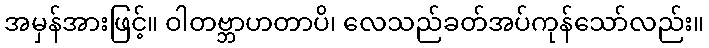
အမှန်အားဖြင့်။ ဝါတဗ္ဘာဟတာပိ၊ လေသည်ခတ်အပ်ကုန်သော်လည်း။